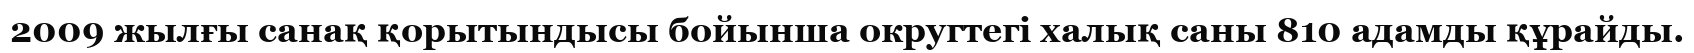
2009 жылғы санақ қорытындысы бойынша округтегі халық саны 810 адамды құрайды.